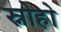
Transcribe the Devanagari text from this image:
स्नोहो